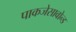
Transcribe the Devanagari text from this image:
पाकजेसावोन्ड